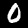
Digit: 0